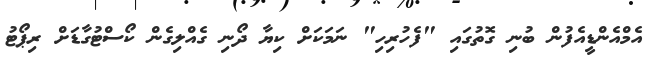
އެމްއެންޑީއެފުން ބުނި ގޮތުގައި "ފެހުރިހި" ނަމަކަށް ކިޔާ ދޯނި ގެއްލިގެން ކޯސްޓުގާޑަށް ރިޕޯޓު